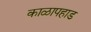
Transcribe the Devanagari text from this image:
काळापहाड